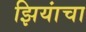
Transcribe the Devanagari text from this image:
झियांचा